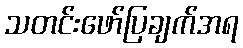
သတင်းဖော်ပြချက်အရ